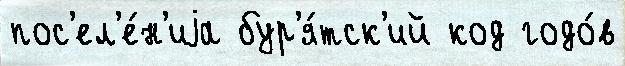
пос'ел'е́н'иjа бур'я́тск'ий код годо́в